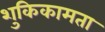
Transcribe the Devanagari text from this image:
शुकिकामता